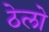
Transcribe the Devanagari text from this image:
ठेलो